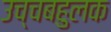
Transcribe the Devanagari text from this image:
उच्चबहुलक